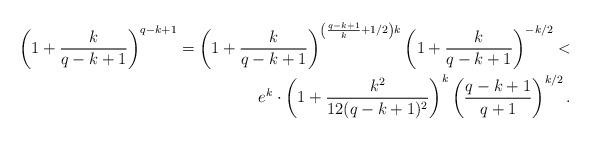
LaTeX: \begin{align*}\begin{aligned} \left(1+\frac{k}{q-k+1}\right)^{q-k+1} = \left(1+\frac{k}{q-k+1}\right)^{\left(\frac{q-k+1}{k}+1/2\right)k} \left(1+\frac{k}{q-k+1}\right)^{-k/2} < \\e^k\cdot \left(1+ \frac{k^2}{12(q-k+1)^2} \right)^k \left(\frac{q-k+1}{q+1}\right)^{k/2}.\end{aligned}\end{align*}